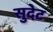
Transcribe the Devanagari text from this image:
सुदेट